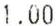
1.00